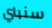
سنباي